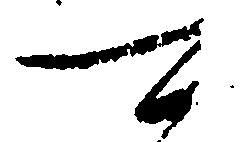
可